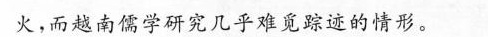
火，而越南儒学研究几乎难觅踪迹的情形。